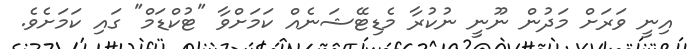
އިނީ ވަަރަށް މަދުން ނޫނީ ނުކުރާ މެޑިޓޭޝަނެއް ކަމަށްވާ "ޓުކްޑަމް" ގައި ކަމަށެވެ.